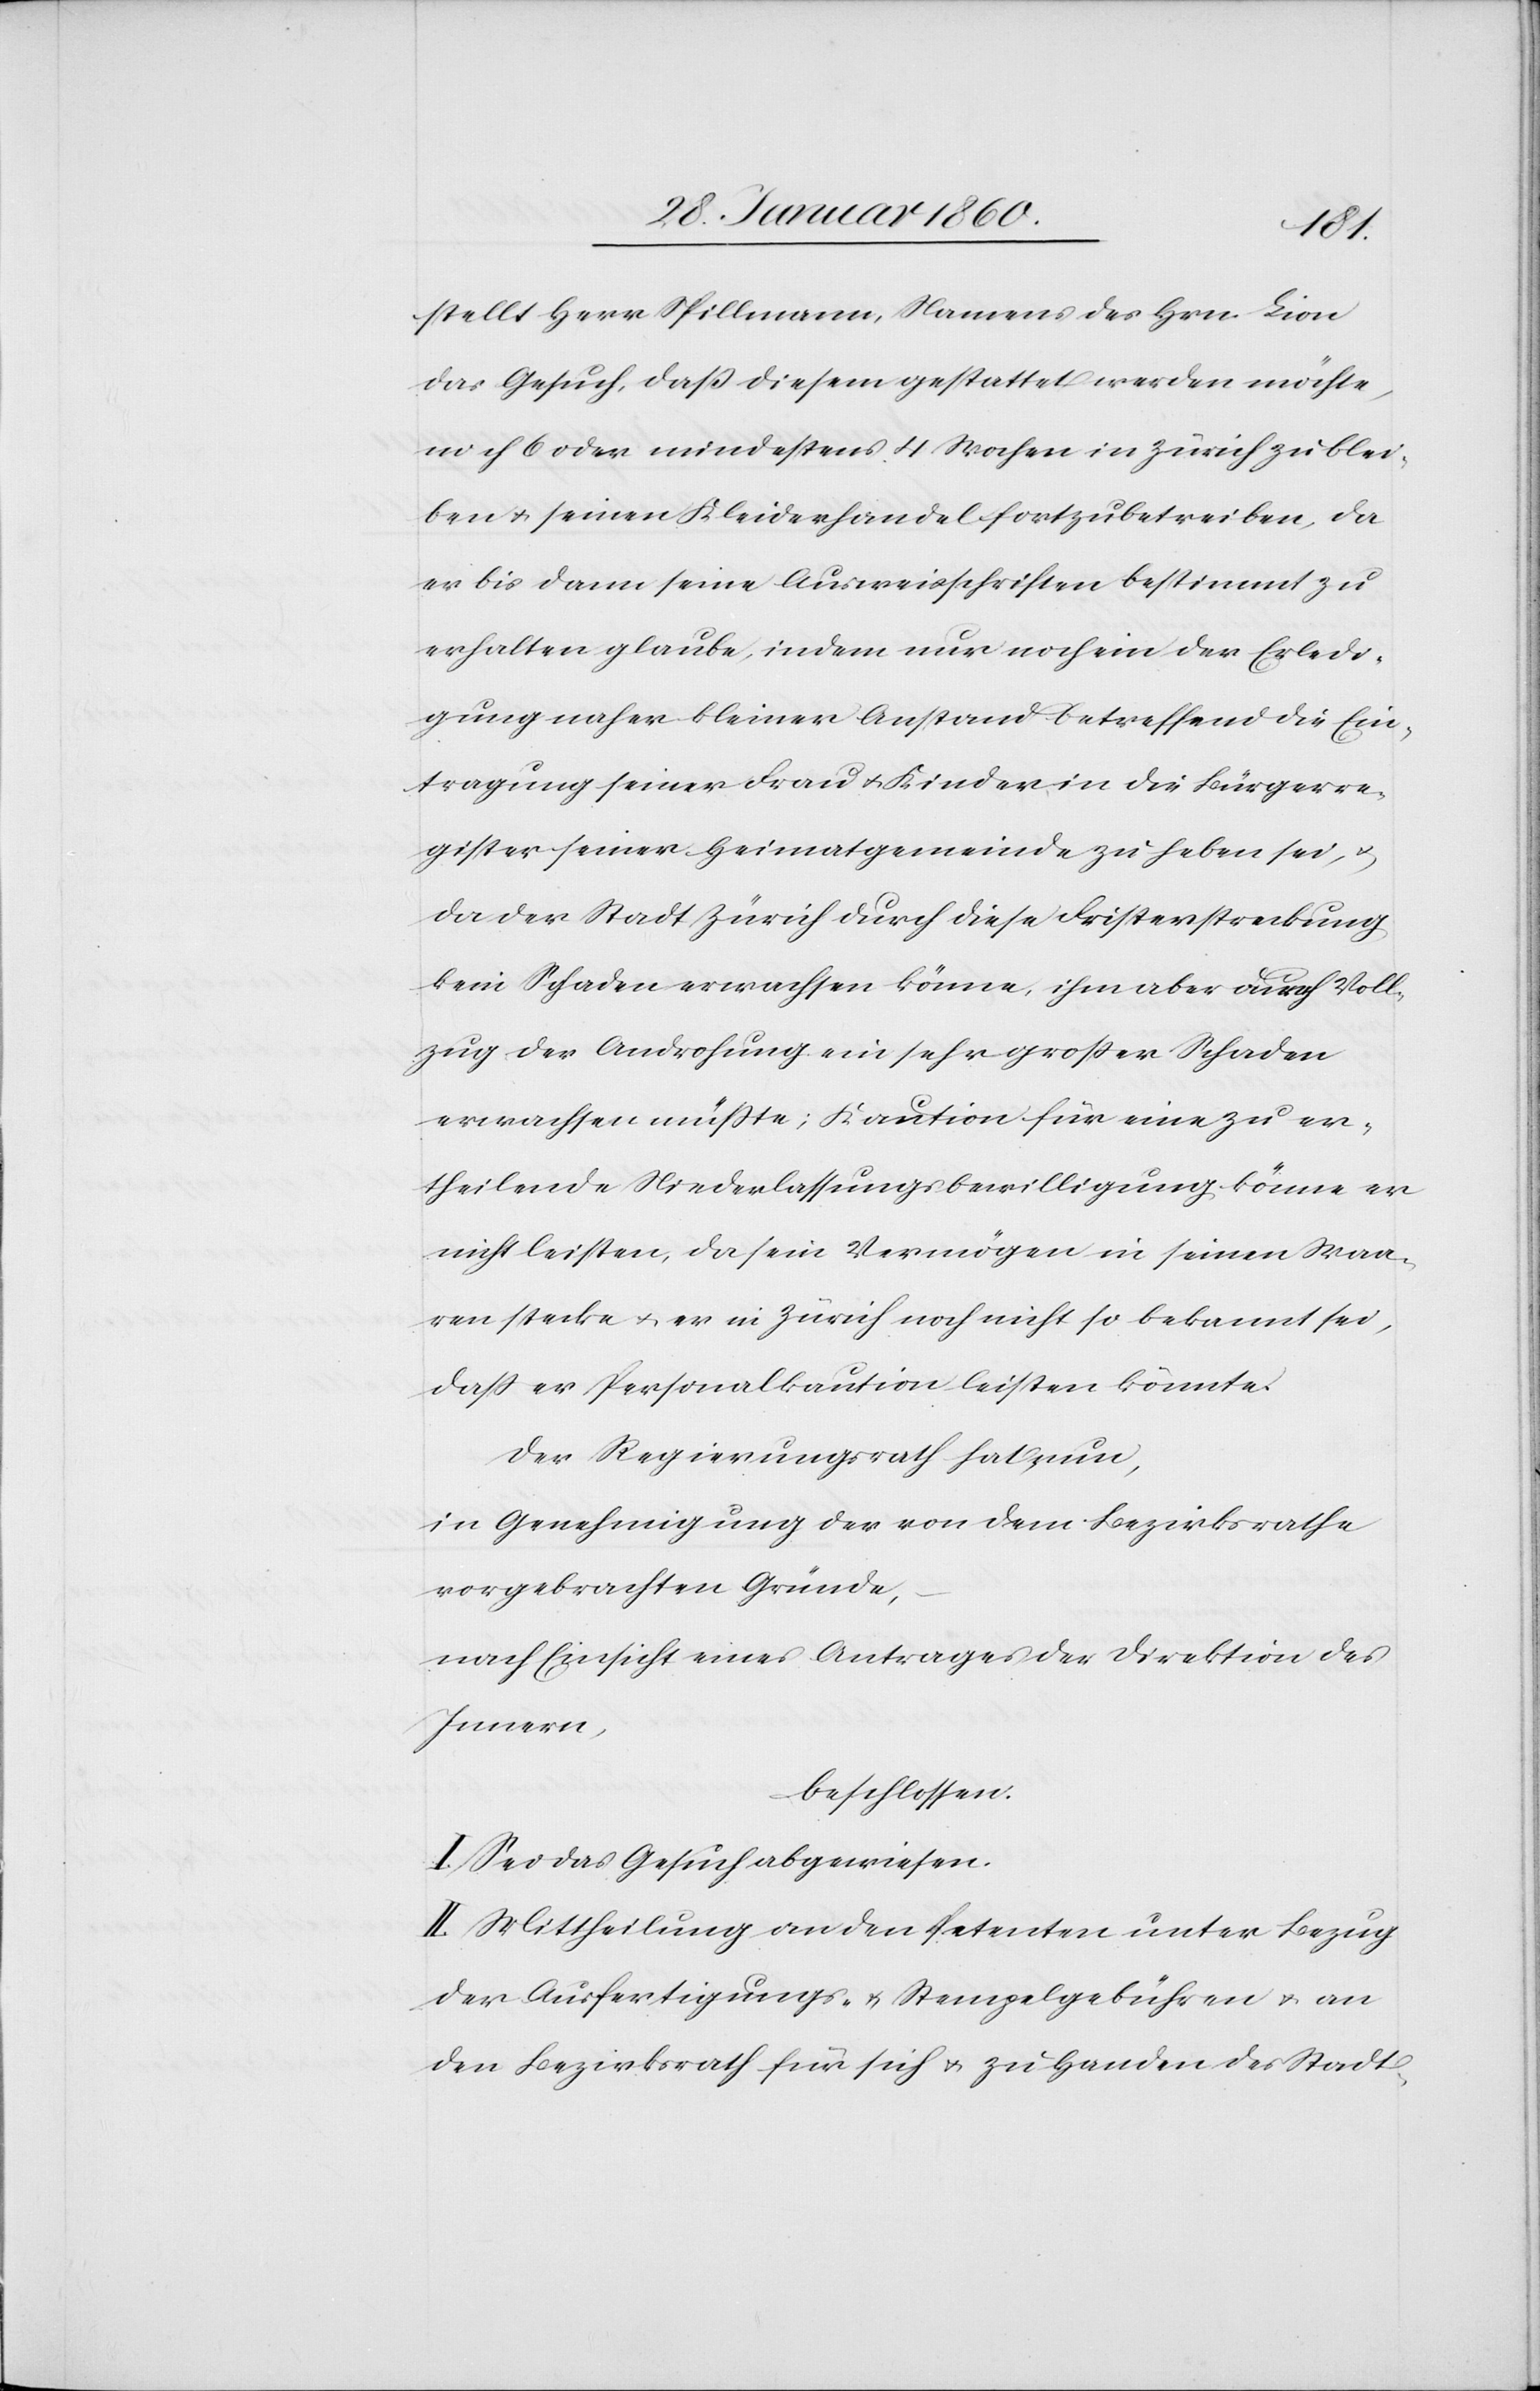
stellt Herr Spillmann, Namens des Hrn. Lion
das Gesuch, dass diesem gestattet werden möchte,
noch 6 oder mindestens 4 Wochen in Zürich zu blei¬
ben u. seinen Kleiderhandel fortzutreiben, da
er bis dann seine Ausweisschriften bestimmt zu
erhalten glaube, indem nur noch ein der Erledi¬
gung naher kleiner Anstand betreffend die Ein¬
tragung seiner Frau u. Kinder in die Bürgerre¬
gister seiner Heimatgemeinde zu heben sei, u.
da der Stadt Zürich durch diese Fristerstreckung
kein Schaden erwachsen könne, ihm aber durch Voll¬
zug der Androhung ein sehr grosser Schaden
erwachsen müsste; die Kaution für eine zu er¬
theilende Niederlassungsbewilligung könne er
nicht leisten, da sein Vermögen in seinen Waa¬
ren stecke, u. er in Zürich noch nicht so bekannt sei,
dass er Personalkaution leisten könnte.
Der Regierungsrath hat nun,
in Genehmigung der von dem Bezirksrathe
vorgebrachten Gründe,
nach Einsicht eines Antrages der Direktion des
Innern,
beschlossen:
I. Sei das Gesuch abgewiesen.
II. Mittheilung an den Petenten unter Bezug
der Ausfertigungs- u, Stempelgebühren u. an
den Bezirksrath für sich u. zu Handen des Stadt-